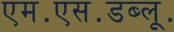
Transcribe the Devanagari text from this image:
एम॰एस॰डब्लू॰